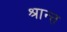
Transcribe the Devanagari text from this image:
श्रान्त